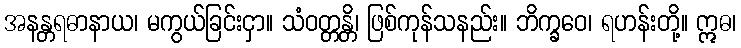
အနန္တရဓာနာယ၊ မကွယ်ခြင်းငှာ။ သံဝတ္တန္တိ၊ ဖြစ်ကုန်သနည်း။ ဘိက္ခဝေ၊ ရဟန်းတို့။ ဣဓ၊